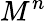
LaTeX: M^{n}